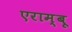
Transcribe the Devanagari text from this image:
एराम्बू